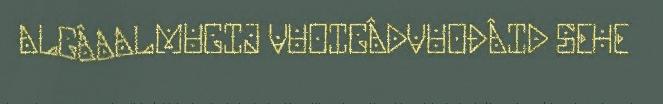
ALGÂAALMUGIJ VUOIGÂDVUOĐÂID SEHE